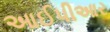
આઈપીઆર